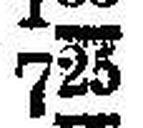
725